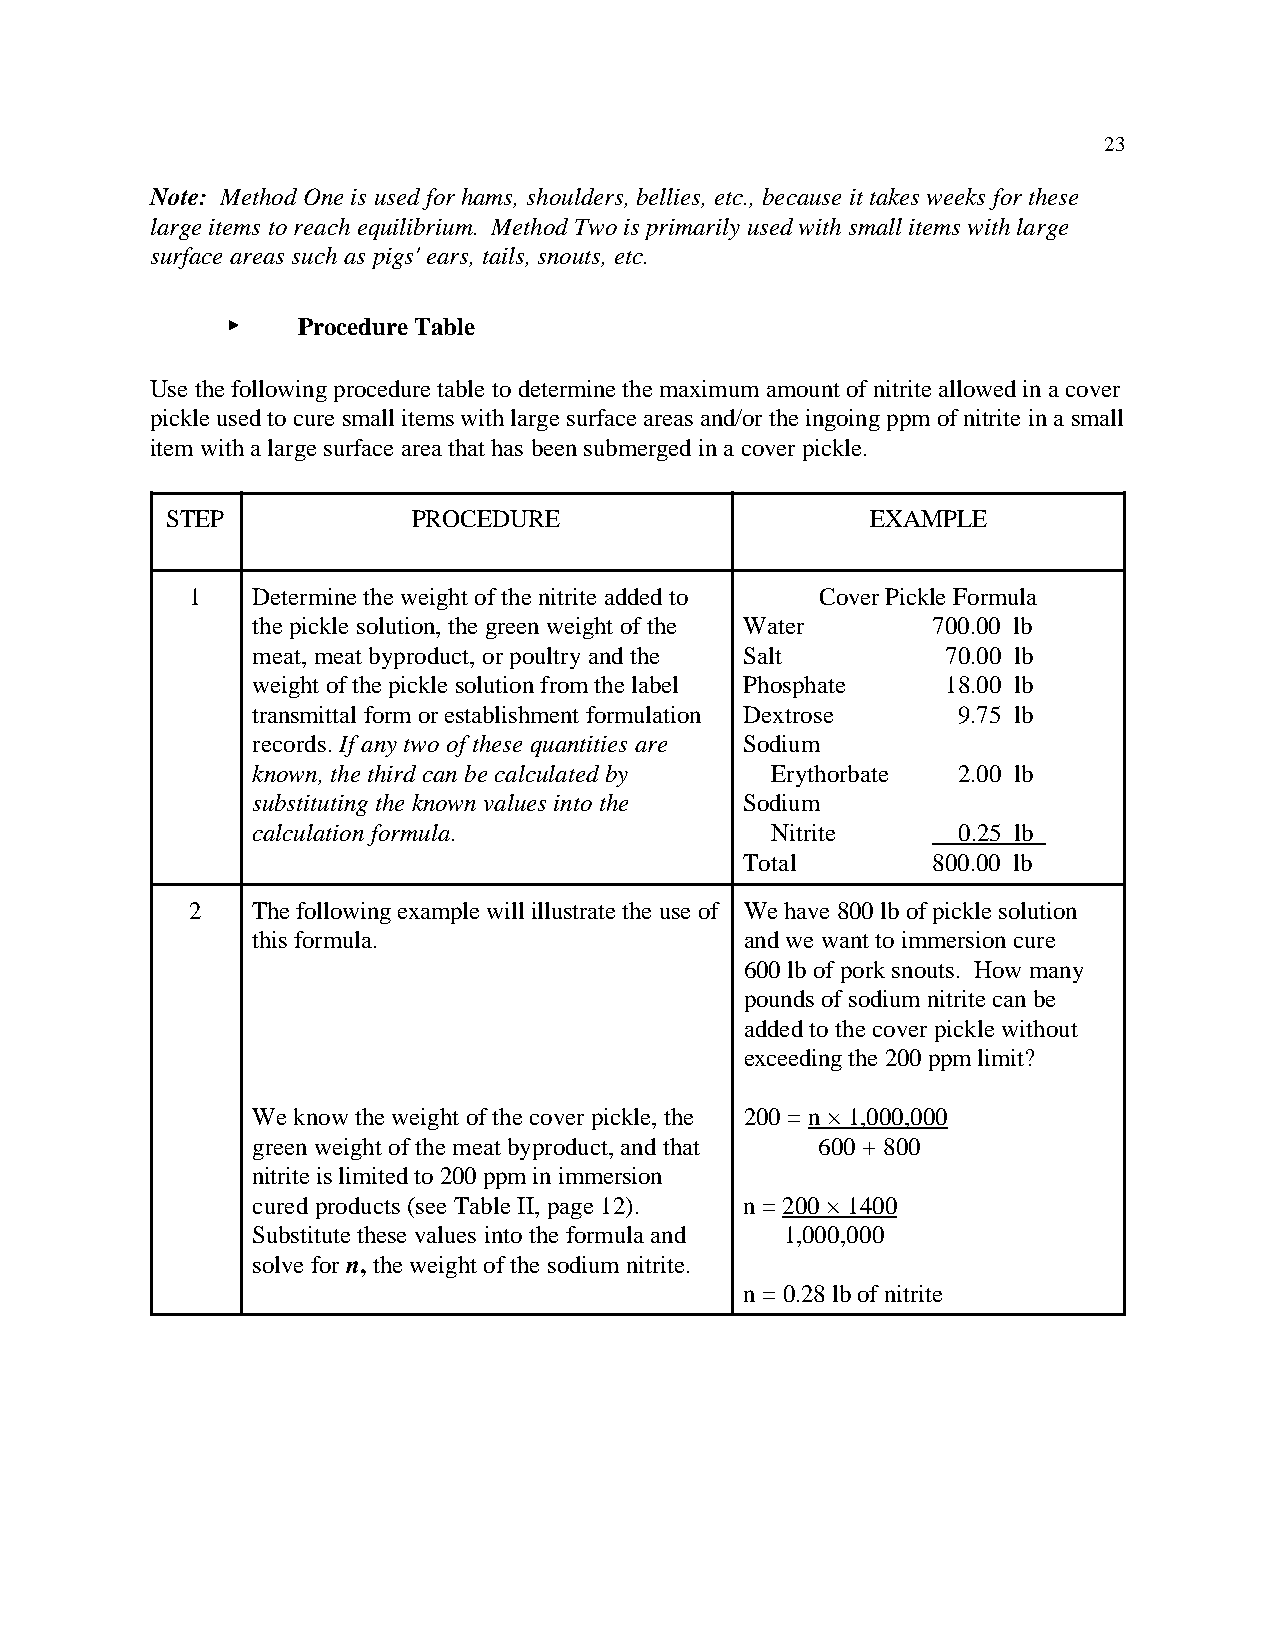
23
 Note: Method One is used for hams, shoulders, bellies, etc., because it takes weeks for these
 large items to reach equilibrium. Method Two is primarily used with small items with large
 surface areas such as pigs' ears, tails, snouts, etc.
 <    Procedure Table
 Use the following procedure table to determine the maximum amount of nitrite allowed in a cover
 pickle used to cure small items with large surface areas and/or the ingoing ppm of nitrite in a small
 item with a large surface area that has been submerged in a cover pickle.
 STEP            PROCEDURE                      EXAMPLE
 1   Determine the weight of the nitrite added to Cover Pickle Formula
 the pickle solution, the green weight of the Water 700.00 lb
 meat, meat byproduct, or poultry and the Salt 70.00 lb
 weight of the pickle solution from the label Phosphate 18.00 lb
 transmittal form or establishment formulation Dextrose 9.75 lb
 records. If any two of these quantities are Sodium
 known, the third can be calculated by Erythorbate 2.00 lb
 substituting the known values into the Sodium
 calculation formula.              Nitrite     0.25 lb
 Total        800.00 lb
 2   The following example will illustrate the use of We have 800 lb of pickle solution
 this formula.                   and we want to immersion cure
 600 lb of pork snouts. How many
 pounds of sodium nitrite can be
 added to the cover pickle without
 exceeding the 200 ppm limit?
 We know the weight of the cover pickle, the 200 = n × 1,000,000
 green weight of the meat byproduct, and that 600 + 800
 nitrite is limited to 200 ppm in immersion
 cured products (see Table II, page 12). n = 200 × 1400
 Substitute these values into the formula and 1,000,000
 solve for n, the weight of the sodium nitrite.
 n = 0.28 lb of nitrite